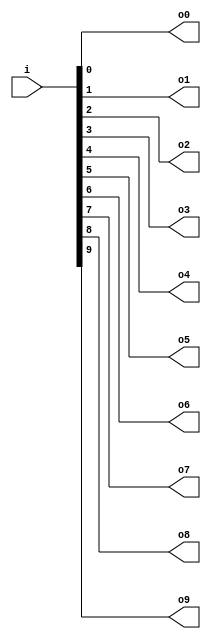

module splitter # (
    parameter WIDTH = 10
) (
    input wire[WIDTH-1:0] i,
    output wire o0,
    output wire o1,
    output wire o2,
    output wire o3,
    output wire o4,
    output wire o5,
    output wire o6,
    output wire o7,
    output wire o8,
    output wire o9
);

    assign o0 = i[0];
    assign o1 = i[1];
    assign o2 = i[2];
    assign o3 = i[3];
    assign o4 = i[4];
    assign o5 = i[5];
    assign o6 = i[6];
    assign o7 = i[7];
    assign o8 = i[8];
    assign o9 = i[9];

endmodule